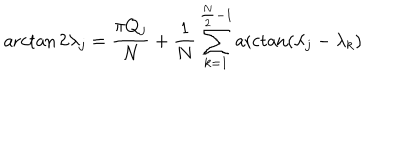
\operatorname { a r c t a n } 2 \lambda _ { j } = \frac { \pi Q _ { j } } { N } + \frac { 1 } { N } \sum _ { k = 1 } ^ { \frac { N } { 2 } - 1 } \operatorname { a r c t a n } ( \lambda _ { j } - \lambda _ { k } )